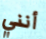
أنني